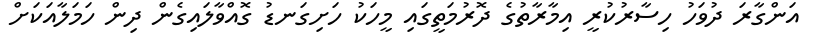
އަންގާރަ ދުވަހު ހިސާރުކުރީ އިމާރާތުގެ ދޮރުމަތީގައި މީހަކު ހަށިގަނޑު ގޮއްވާލައިގެން ދިން ހަމަލާއަކަށް